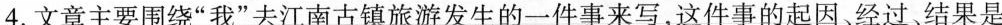
4.文章主要围绕“我”去江南古镇旅游发生的一件事来写，这件事的起因、经过、结果是